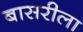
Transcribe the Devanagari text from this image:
बासरीला